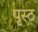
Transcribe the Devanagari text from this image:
पृस्ठ